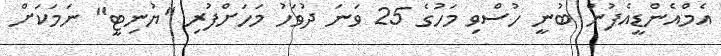
އެމްއެންޑީއެފުން ބުނީ ހުސްވި މަހުގެ 25 ވަނަ ދުވަހު މަހަށްފުރި "ޔުނިޓީ" ނަމަކަށް